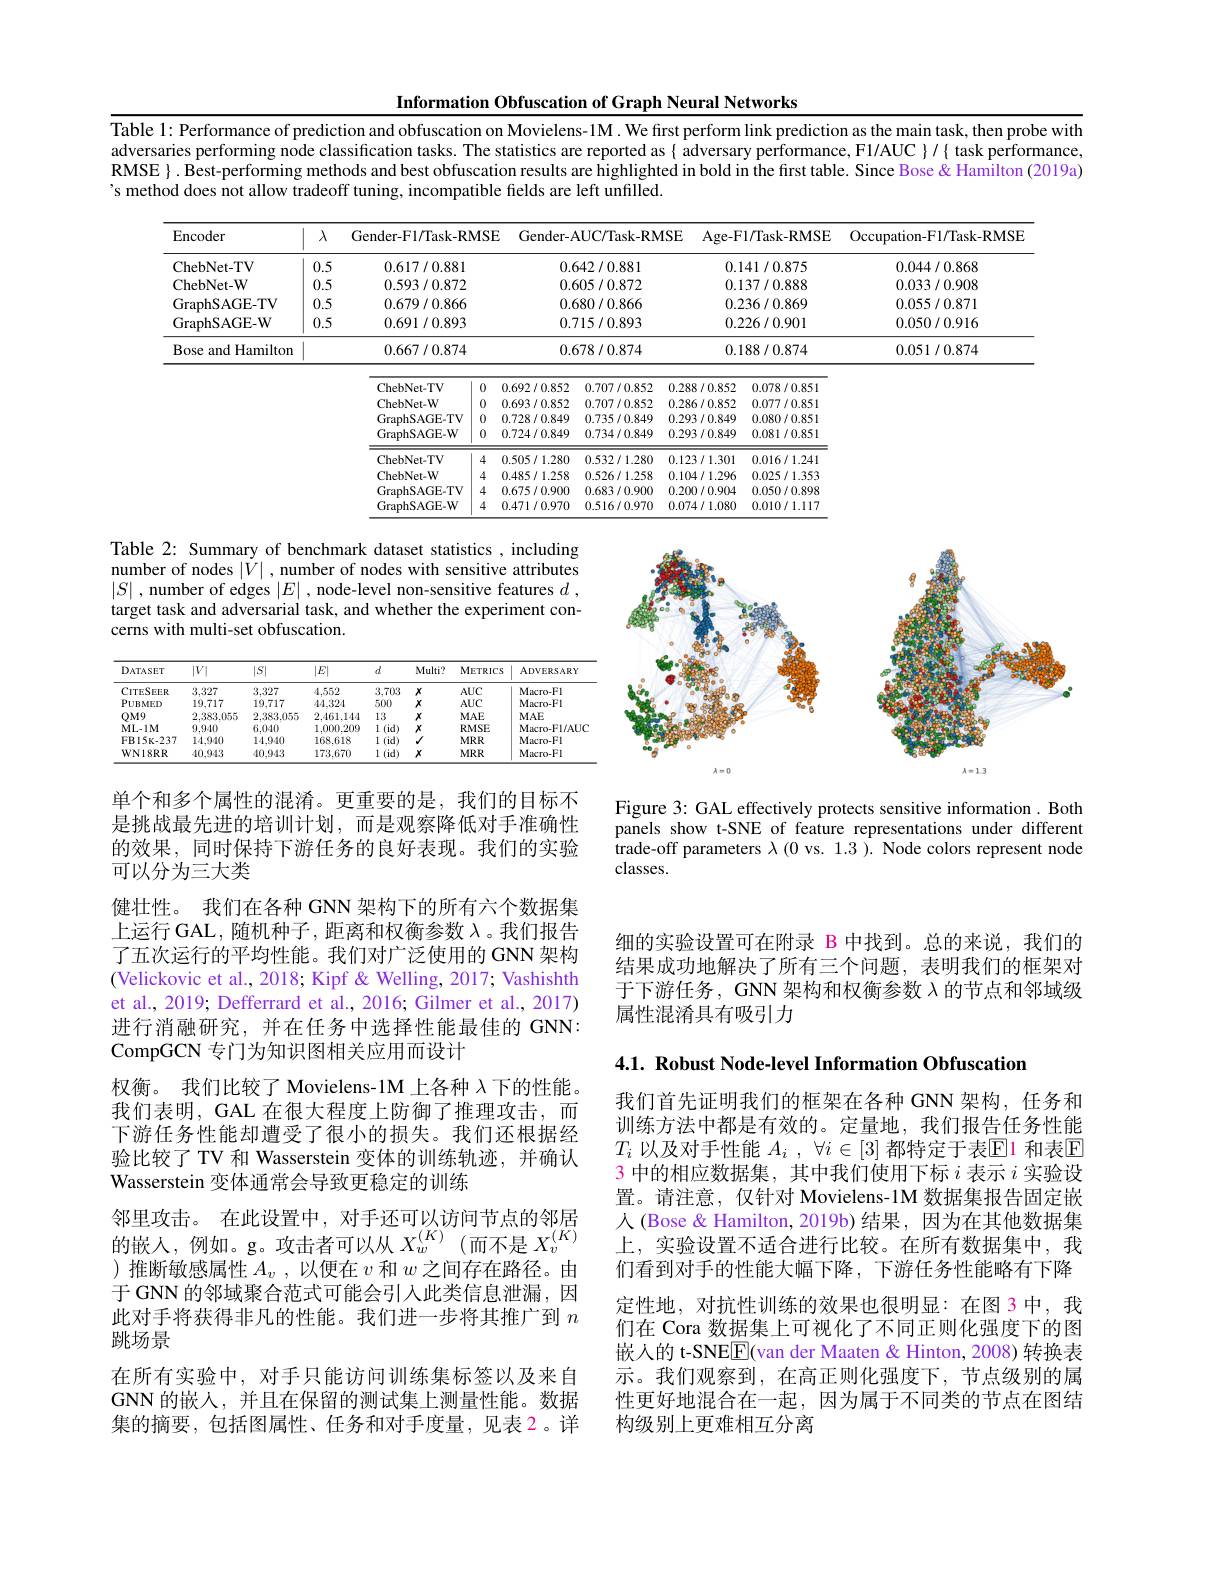
Information Obfuscation of Graph Neural Networks

Table 1: Performance of prediction and obfuscation on Movielens-1M. We first perform link prediction as the main task, then probe with adversaries performing node classification tasks. The statistics are reported as{ adversary performance, F1/AUC }/{ task performance, RMSE $\}.$ Best-performing methods and best obfuscation results are highlighted in bold in the first table. Since Bose & Hamilton (2019a) 's method does not allow tradeoff tuning, incompatible fields are left unfilled.

<table>
	<tbody>
		<tr>
			<th>$\operatorname{Encoder}$</th>
			<th>1 $\lambda$ 1</th>
			<th>Gender-F1/Task-RM9</th>
			<th>$ISE$</th>
			<th>Gender-AU</th>
			<th>UC/Task-RMS</th>
			<th>SE Age-</th>
			<th rowspan="1">Age- F1/ Task- RMSE</th>
			<th>Occupation- F1/ Task- RMSE</th>
		</tr>
		<tr>
			<td>ChebNet-TV</td>
			<td>0.5</td>
			<td>0.617/0.881</td>
			<td> </td>
			<td colspan="2">0.642/0.881</td>
			<td>0</td>
			<td>0.141/0.875</td>
			<td>0.044/0.868</td>
		</tr>
		<tr>
			<td>ChebNet-W</td>
			<td>0.5</td>
			<td rowspan="1">0.593/0.872</td>
			<td> </td>
			<td>0.60</td>
			<td>05/0.872</td>
			<td>0</td>
			<td rowspan="1">0.137/0.888</td>
			<td>0.033/0.908</td>
		</tr>
		<tr>
			<td>GraphSAGE-TV</td>
			<td>0.5</td>
			<td>0.679/0.866</td>
			<td> </td>
			<td>0.68</td>
			<td>80/0.866</td>
			<td>0</td>
			<td>0.236/0.869</td>
			<td>0.055/0.871</td>
		</tr>
		<tr>
			<td>GraphSAGE- W</td>
			<td>0.5</td>
			<td rowspan="1">0.691/0.893</td>
			<td> </td>
			<td>0.71</td>
			<td>15/0.893</td>
			<td>0</td>
			<td rowspan="1">0.226/0.901</td>
			<td>0.050/0.916</td>
		</tr>
		<tr>
			<td>Bose and Hamilton</td>
			<td> </td>
			<td rowspan="1">0.667/0.874</td>
			<td> </td>
			<td>0.67</td>
			<td>78/0.874</td>
			<td>0</td>
			<td>0.188/0.874</td>
			<td>0.051/0.874</td>
		</tr>
		<tr>
			<td> </td>
			<td> </td>
			<td>ChebNet- TV (1)</td>
			<td>$0.t$ 0</td>
			<td>1.692/0.852</td>
			<td>0.707/0.852</td>
			<td>0.288/0.852</td>
			<td>2 0.078/0.851</td>
			<td> </td>
		</tr>
		<tr>
			<td> </td>
			<td> </td>
			<td>ChebNet-W 0</td>
			<td>$0.t$ 0</td>
			<td>1.693/0.852</td>
			<td>0.707/0.852</td>
			<td>0.286/0.852</td>
			<td>2 0.077/0.851</td>
			<td> </td>
		</tr>
		<tr>
			<td> </td>
			<td> </td>
			<td>GraphSAGE- TV 0</td>
			<td>0.7 0</td>
			<td>.728/0.849</td>
			<td>0.735/0.849</td>
			<td>0.293/0.849</td>
			<td>9 0.080/0.851</td>
			<td> </td>
		</tr>
		<tr>
			<td> </td>
			<td> </td>
			<td>GraphSAGE- W</td>
			<td>0 0.7</td>
			<td>.724/0.849</td>
			<td>0.734/0.849</td>
			<td>0.293/0.849</td>
			<td>9 0.081/0.851</td>
			<td> </td>
		</tr>
		<tr>
			<td> </td>
			<td> </td>
			<td>$\mathbf{ChebNet-TV}$</td>
			<td>4 0.5</td>
			<td>1.505/1.280</td>
			<td>0.532/1.280</td>
			<td>0.123/1.301</td>
			<td>1 0.016/1.241</td>
			<td> </td>
		</tr>
		<tr>
			<td> </td>
			<td> </td>
			<td>$\mathbf{ChebNet-W}$</td>
			<td>4 0.4</td>
			<td>1.485/1.258</td>
			<td>0.526/1.258</td>
			<td>0.104/1.290</td>
			<td>6 0.025/1.353</td>
			<td> </td>
		</tr>
		<tr>
			<td> </td>
			<td> </td>
			<td>GraphSAGE- TV</td>
			<td>4 $0.t$</td>
			<td>1.675/0.900</td>
			<td>0.683/0.900</td>
			<td>0.200/0.904</td>
			<td>4 0.050/0.898</td>
			<td> </td>
		</tr>
		<tr>
			<td> </td>
			<td> </td>
			<td>GraphSAGE- W</td>
			<td>4 0.4</td>
			<td>1.471/0.970</td>
			<td>0.516/0.970</td>
			<td>0.074/1.080</td>
			<td>0 0.010/1.117</td>
			<td> </td>
		</tr>
	</tbody>
</table>

Table 2: Summary of benchmark dataset statistics , including number of nodes $|\dot{V}|$ , number of nodes with sensitive attributes $|S|$ , number of edges $|E|$ , node-level non-sensitive features $d$ , target task and adversarial task, and whether the experiment concerns with multi-set obfuscation.

<FigureHere>

<table>
	<tbody>
		<tr>
			<th>DATASET</th>
			<th>$|V|$</th>
			<th>$|S|$</th>
			<th>$|E|$</th>
			<th>$d$</th>
			<th>Multi?</th>
			<th>METRICS</th>
			<th>ADVERSARY</th>
		</tr>
		<tr>
			<td>CITESEER</td>
			<td>3.327</td>
			<td>3.327</td>
			<td>4.552</td>
			<td>3.703</td>
			<td>$x$</td>
			<td>$AUC$</td>
			<td>Macro-Fl</td>
		</tr>
		<tr>
			<td>$PUBMED$</td>
			<td>19,717</td>
			<td>19.717</td>
			<td>$AA,32A$</td>
			<td>500</td>
			<td>$x$</td>
			<td>$AUC$</td>
			<td>Macro-Fl</td>
		</tr>
		<tr>
			<td>$OM9$</td>
			<td>2.383.055</td>
			<td>2.383.055</td>
			<td>2.461.144</td>
			<td>13</td>
			<td>$X$</td>
			<td>$MAE$</td>
			<td>$MAE$</td>
		</tr>
		<tr>
			<td>ML-1M</td>
			<td>9.940</td>
			<td>6.040</td>
			<td>1.000.209</td>
			<td>1 (id</td>
			<td>$X$</td>
			<td>RMSE</td>
			<td>Macro- Fl/ AUC</td>
		</tr>
		<tr>
			<td>$FB15K-237$</td>
			<td>14,940</td>
			<td>14.940</td>
			<td>168.618</td>
			<td>1 (id)</td>
			<td>$√$</td>
			<td>$MRR$</td>
			<td>Macro-Fl</td>
		</tr>
		<tr>
			<td>WN18RR</td>
			<td>10.943</td>
			<td>10.943</td>
			<td>173.670</td>
			<td>1 (id 1</td>
			<td>$x$</td>
			<td>$MRR$</td>
			<td>Macro-Fl</td>
		</tr>
	</tbody>
</table>

Figure 3: GAL effectively protects sensitive information. Both panels show t-SNE of feature representations under different trade-off parameters $\lambda(0$ vs. 1.3 ). Node colors represent node classes.

细的实验设置可在附录 B 中找到。总的来说，我们的结果成功地解决了所有三个问题，表明我们的框架对于下游任务，GNN 架构和权衡参数$\lambda$的节点和邻域级属性混淆具有吸引力

4.1. Robust Node-level Information Obfuscation

单个和多个属性的混淆。更重要的是，我们的目标不是挑战最先进的培训计划，而是观察降低对手准确性的效果，同时保持下游任务的良好表现。我们的实验可以分为三大类
健壮性。我们在各种 GNN 架构下的所有六个数据集上运行 GAL, 随机种子，距离和权衡参数$\lambda$。我们报告了五次运行的平均性能。我们对广泛使用的 GNN 架构(Velickovic et al., 2018; Kipf & Welling, 2017; Vashishth et al., 2019; Defferrard et al., 2016; Gilmer et al., 2017) 进行消融研究，并在任务中选择性能最佳的 GNN: CompGCN 专门为知识图相关应用而设计
权衡。我们比较了 Movielens-1M 上各种 $\lambda$下的性能。我们表明，GAL 在很大程度上防御了推理攻击，而下游任务性能却遭受了很小的损失。我们还根据经验比较了 TV 和 Wasserstein 变体的训练轨迹，并确认Wasserstein 变体通常会导致更稳定的训练
邻里攻击。在此设置中，对手还可以访问节点的邻居$\text{邻 王 攻 山 。114比 仅 直 }^{\text{个 , 对 于 }}\text{ 处 可 以 以 阿 }^{\text{内 点 时 }}$的 日 的 嵌 人 , 例 如 。g。攻 击 者 可 以 从 $X_{w}^{( K) }($而 不 是 $X_{v}^{( K) })$ )推断敏感属性$A_v$,以便在$v$和$w$之间存在路径。由于 GNN 的邻域聚合范式可能会引人此类信息泄漏，因此对手将获得非凡的性能。我们进一步将其推广到$n$ 跳场景
在所有实验中，对手只能访问训练集标签以及来自GNN 的嵌人，并且在保留的测试集上测量性能。数据集的摘要，包括图属性、任务和对手度量，见表 2。详

我们首先证明我们的框架在各种 GNN 架构，任务和训练方法中都是有效的。定量地，我们报告任务性能$T_i$ 以及对手性能 $A_i$ , $\forall i\in [ 3]$ 都特定于表$\mathbb{E}$1 和表$\mathbb{E}$ $\color{red}{3}$中的相应数据集，其中我们使用下标$i$表示$i$实验设置。请注意，仅针对 Movielens-1M 数据集报告固定嵌人(Bose & Hamilton, 2019b) 结果，因为在其他数据集上，实验设置不适合进行比较。在所有数据集中，我们看到对手的性能大幅下降，下游任务性能略有下降定性地，对抗性训练的效果也很明显：在图 3中，我们在 Cora 数据集上可视化了不同正则化强度下的图嵌入的 t-SNE$\underline{\mathrm{E}}($van der Maaten & Hinton, 2008) 转换表示。我们观察到，在高正则化强度下，节点级别的属性更好地混合在一起，因为属于不同类的节点在图结构级别上更难相互分离